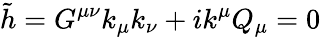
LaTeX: \tilde{h}=G^{\mu\nu}k_{\mu}k_{\nu}+ik^{\mu}Q_{\mu}=0